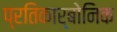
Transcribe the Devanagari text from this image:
प्रतिकार्बोनिक